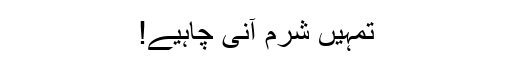
تمہیں شرم آنی چاہیے!